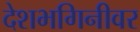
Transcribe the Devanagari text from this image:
देशभगिनीवर